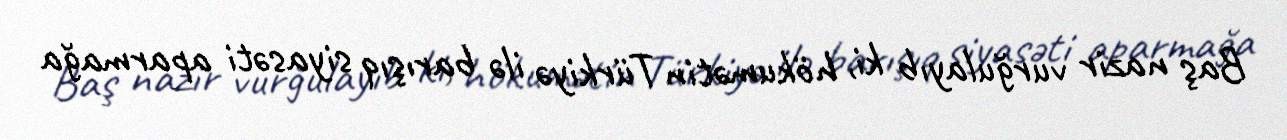
Baş nazir vurğulayıb ki, hökumətin Türkiyə ilə barışıq siyasəti aparmağa